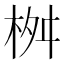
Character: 桝